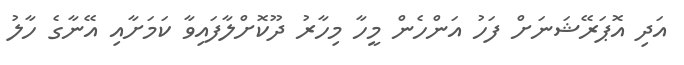
އަދި އޮޕަރޭޝަނަށް ފަހު އަންހެން މީހާ މިހާރު ދޫކޮށްލާފައިވާ ކަމަށާއި އޭނާގެ ހާލު